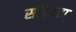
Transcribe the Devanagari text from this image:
सोडदहा